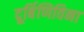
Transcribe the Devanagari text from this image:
दूर्बिणिविना